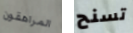
المراهقون تسنح